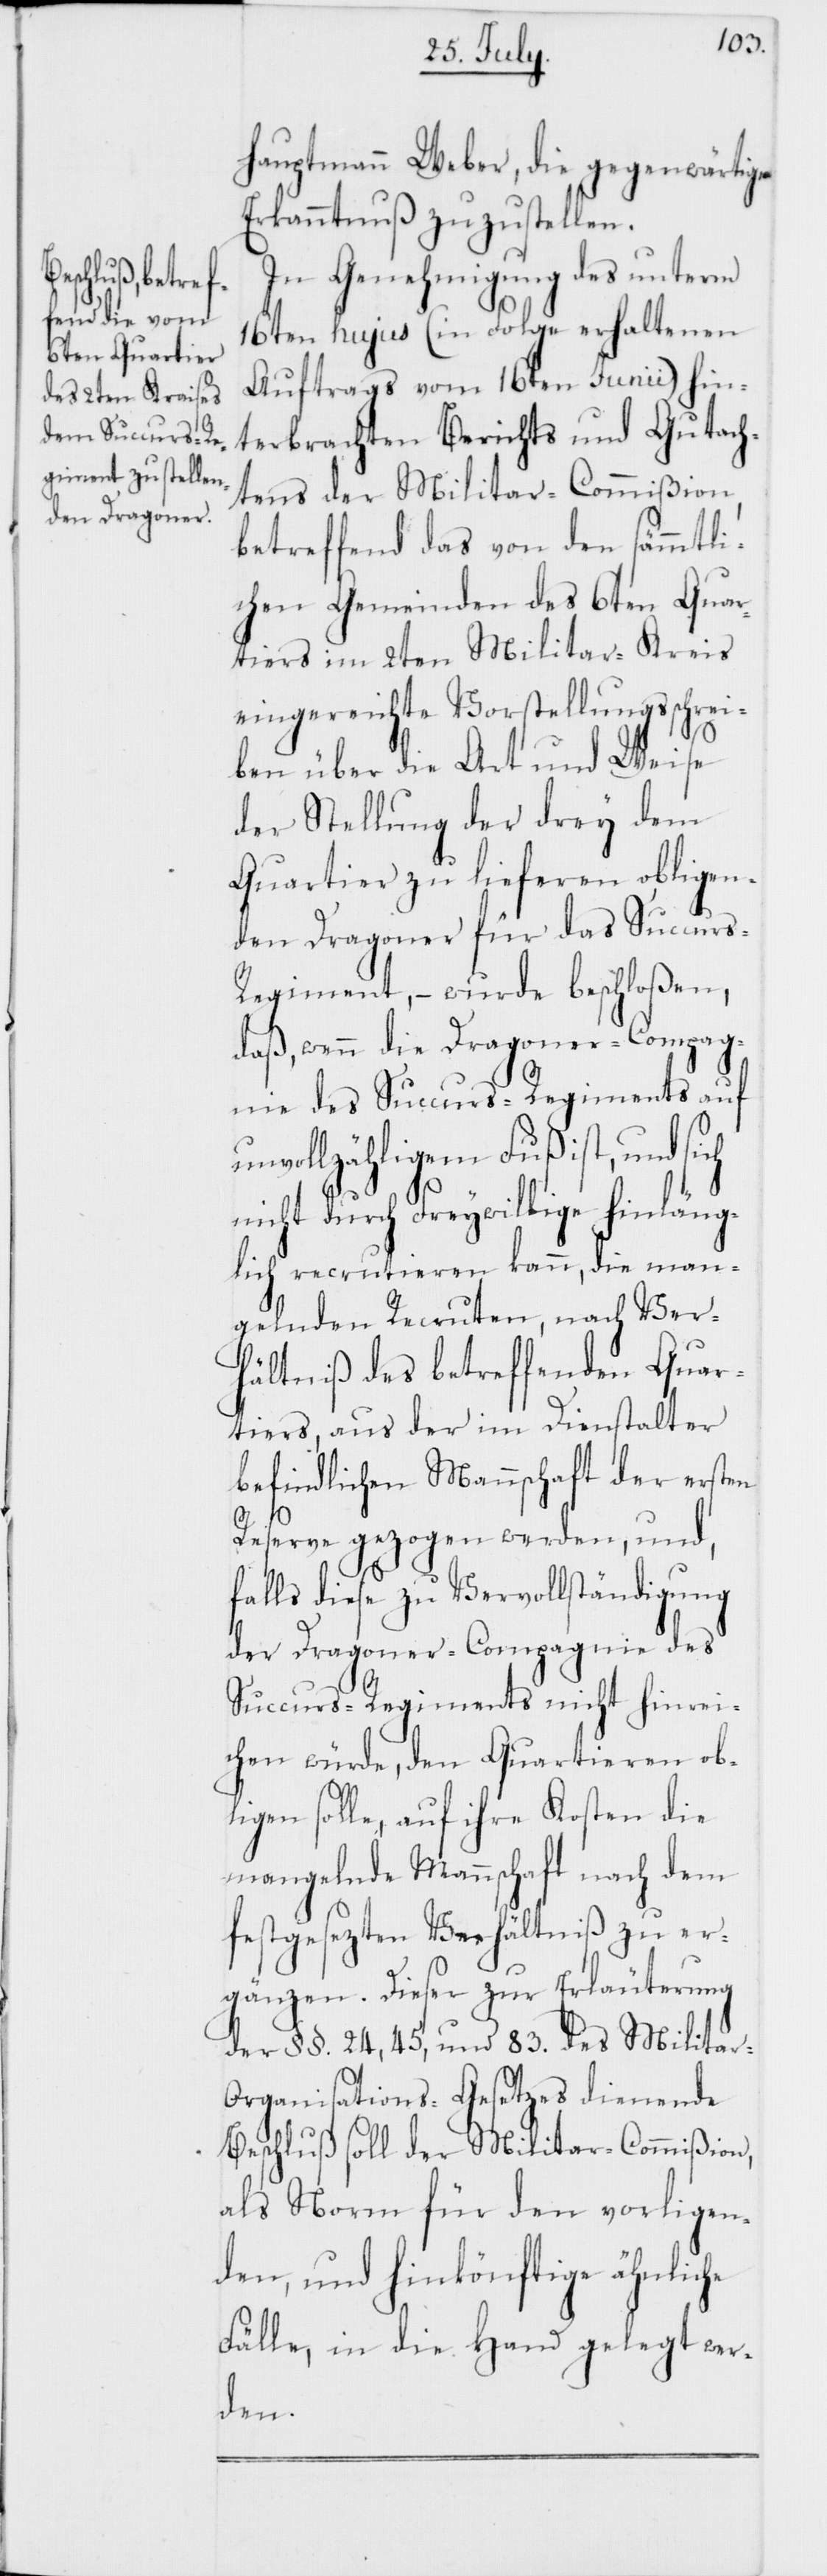
hauptmann Weber, die gegenwärtige
Erkanntnuß zuzustellen.
In Genehmigung des unterm
16ten hujus (in Folge erhaltenen
Auftrags vom 16ten Junii) hin¬
terbrachten Berichts und Gutach¬
tens der Militar-Commißion,
betreffend das von den sämmtli¬
chen Gemeinden des 6ten Quar¬
tiers im 2ten Militar-Kreis
eingereichte Vorstellungsschrei¬
ben über die Art und Weise
der Stellung der drey dem
Quartier zu lieferen obligen¬
den Dragoner für das Succurs-R¬
egiment, – wurde beschloßen,
daß, wenn die Dragoner-Compag¬
nie des Succurs-Regiments auf
unvollzähligem Fuß ist, und sich
nicht durch Freywillige hinläng¬
lich recrutieren kann, die man¬
gelnden Recruten, nach Ver¬
hältniß des betrteffenden Quar¬
tiers, aus der im Dienstalter
befindlichen Mannschaft der ersten
Reserve gezogen werden, und,
falls diese zu Vervollständigung
der Dragoner-Compagnie des
Succurs-Regiments nicht hinrei¬
chen würde, den Quartieren ob¬
ligen solle, auf ihre Kosten die
mangelnde Mannschaft nach dem
festgesezten Verhältniß zu er¬
gänzen. Dieser zur Erläuterung
der §§. 24, 45, und 83. des Militar-O¬
rganisations-Gesetzes dienende
Beschluß soll der Militar-Commißion,
als Norm für den vorligen¬
den, und hinkönftige ähnliche
Fälle, in die Hand gelegt wer¬
den.